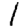
Digit: 1